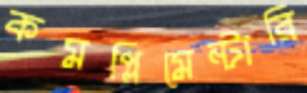
কমপ্লিমেন্টারি